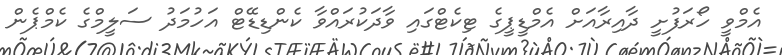
އެމްވީ ހޯރަފުށީ ދާއިރާއަށް އެމްޑީޕީގެ ޓިކެޓްގައި ވާދަކުރައްވާ ކެންޑިޑޭޓް އަހުމަދު ސަލީމްގެ ކެމްޕެން